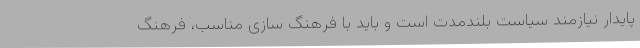
پایدار نیازمند سیاست بلندمدت است و باید با فرهنگ سازی مناسب، فرهنگ